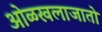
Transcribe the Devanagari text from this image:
ओळखलाजातो